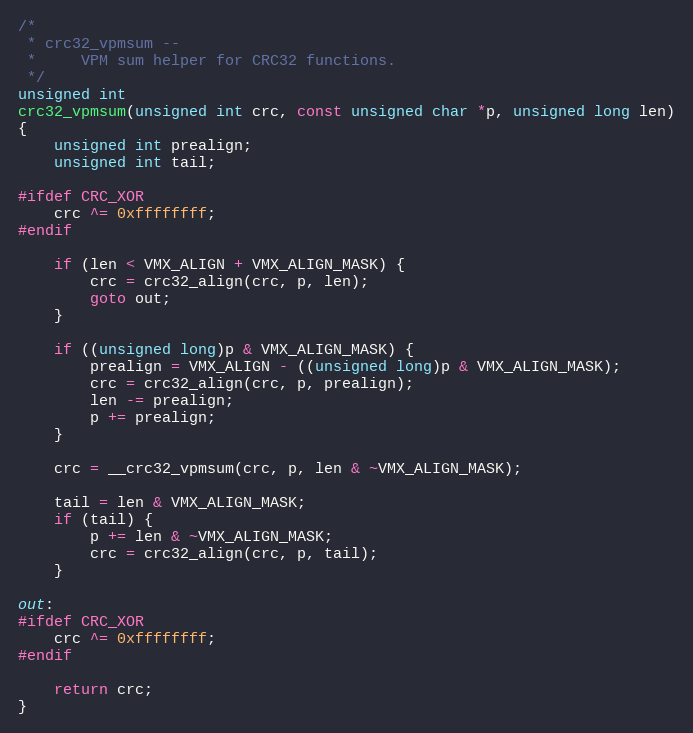
Language: C
/*
 * crc32_vpmsum --
 *     VPM sum helper for CRC32 functions.
 */
unsigned int
crc32_vpmsum(unsigned int crc, const unsigned char *p, unsigned long len)
{
    unsigned int prealign;
    unsigned int tail;

#ifdef CRC_XOR
    crc ^= 0xffffffff;
#endif

    if (len < VMX_ALIGN + VMX_ALIGN_MASK) {
        crc = crc32_align(crc, p, len);
        goto out;
    }

    if ((unsigned long)p & VMX_ALIGN_MASK) {
        prealign = VMX_ALIGN - ((unsigned long)p & VMX_ALIGN_MASK);
        crc = crc32_align(crc, p, prealign);
        len -= prealign;
        p += prealign;
    }

    crc = __crc32_vpmsum(crc, p, len & ~VMX_ALIGN_MASK);

    tail = len & VMX_ALIGN_MASK;
    if (tail) {
        p += len & ~VMX_ALIGN_MASK;
        crc = crc32_align(crc, p, tail);
    }

out:
#ifdef CRC_XOR
    crc ^= 0xffffffff;
#endif

    return crc;
}